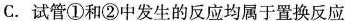
C.试管①和②中发生的反应均属于置换反应